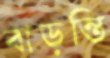
বাড়ন্তি